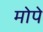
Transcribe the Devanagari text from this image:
मोपे